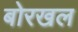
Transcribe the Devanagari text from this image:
बोरखल